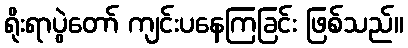
ရိုးရာပွဲတော် ကျင်းပနေကြခြင်း ဖြစ်သည်။